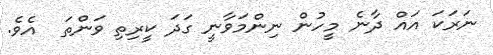
ނަރަކަ އައް ދާނެ މީހުން ނިންމަވާނީ ގަދަ ކީރިތި ވަންތަ  އެވެ.